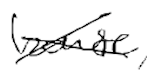
Text: house,
Cross-out: cross
Writing tool: digital_black